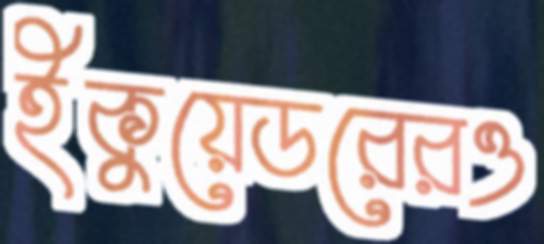
ইকুয়েডরেরও